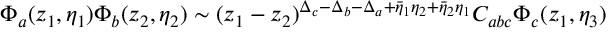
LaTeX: \Phi _ { a } ( z _ { 1 } , \eta _ { 1 } ) \Phi _ { b } ( z _ { 2 } , \eta _ { 2 } ) \sim ( z _ { 1 } - z _ { 2 } ) ^ { \Delta _ { c } - \Delta _ { b } - \Delta _ { a } + \bar { \eta } _ { 1 } \eta _ { 2 } + \bar { \eta } _ { 2 } \eta _ { 1 } } C _ { a b c } \Phi _ { c } ( z _ { 1 } , \eta _ { 3 } )